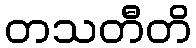
တသတီတိ